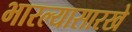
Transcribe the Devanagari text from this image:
भारल्यासारखे